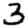
Digit: 3